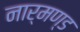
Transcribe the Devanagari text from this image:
नार्मण्ड